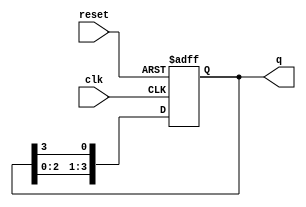
module ring_counter (
    input wire clk,          // Clock signal
    input wire reset,        // Reset signal
    output reg [N-1:0] q     // Output of the ring counter
);
    parameter N = 4;         // Number of flip-flops (states)

    always @(posedge clk or posedge reset) begin
        if (reset) begin
            q <= 1'b1;       // Initialize to 0001 for a 4-bit counter
        end else begin
            q <= {q[N-2:0], q[N-1]}; // Shift left and wrap around
        end
    end
endmodule